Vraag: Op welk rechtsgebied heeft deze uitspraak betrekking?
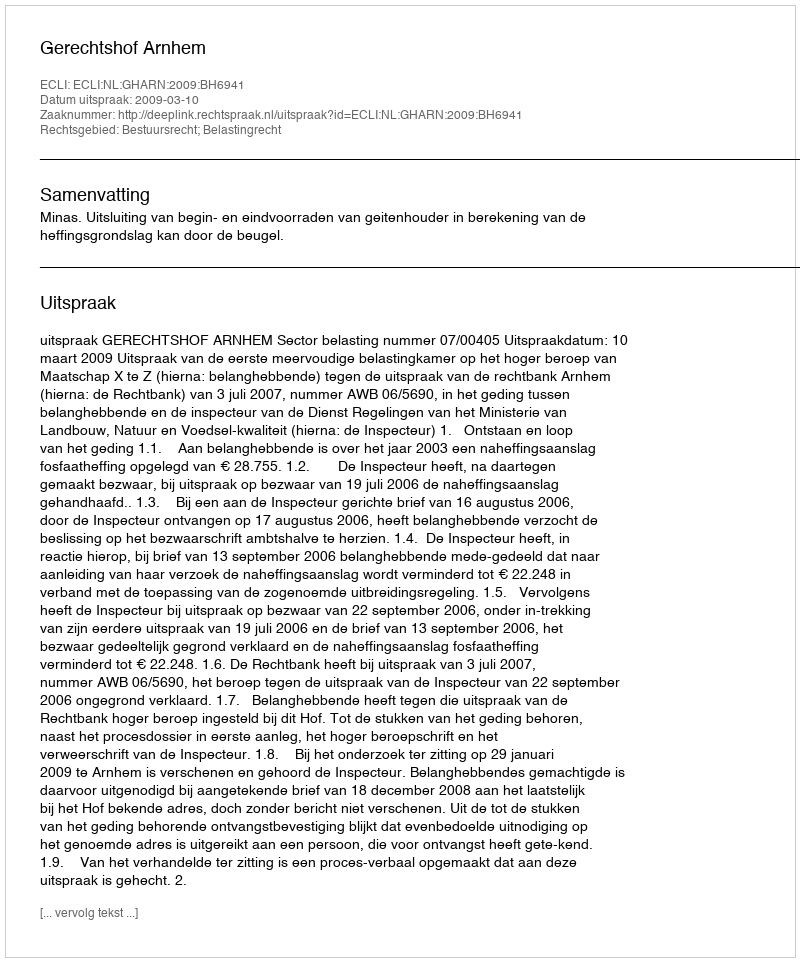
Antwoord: Bestuursrecht; Belastingrecht